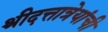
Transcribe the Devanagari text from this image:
श्रीदत्तात्रेयांची